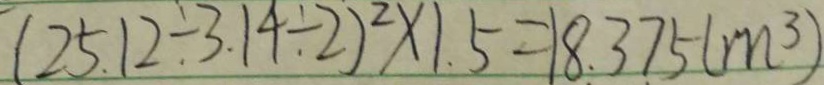
( 2 5 . 1 2 \div 3 . 1 4 \div 2 ) ^ { 2 } \times 1 . 5 = 1 8 . 3 7 5 ( m ^ { 3 } )